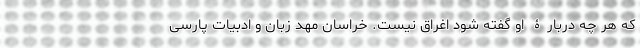
که هر چه دربارۀ او گفته شود اغراق نیست. خراسان مهد زبان و ادبیات پارسی